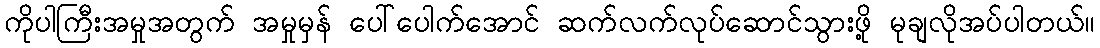
ကိုပါကြီးအမှုအတွက် အမှုမှန် ပေါ်ပေါက်အောင် ဆက်လက်လုပ်ဆောင်သွားဖို့ မုချလိုအပ်ပါတယ်။